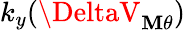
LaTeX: k_{y}(\DeltaV_{\mathbf{M}\theta})